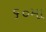
૬૦મા